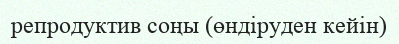
репродуктив соңы (өндіруден кейін)